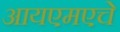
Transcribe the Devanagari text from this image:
आयएमएचे